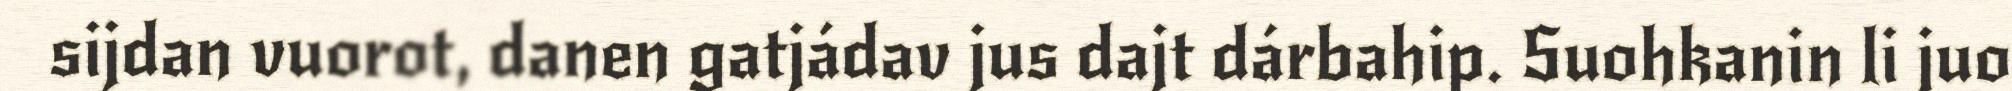
sijdan vuorot, danen gatjádav jus dajt dárbahip. Suohkanin li juo